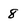
Character: 8